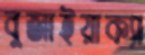
বুজাইয়াক্যা